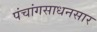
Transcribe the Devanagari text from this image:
पंचांगसाधनसार